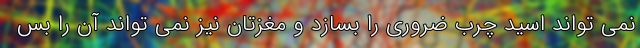
نمی تواند اسید چرب ضروری را بسازد و مغزتان نیز نمی تواند آن را بس